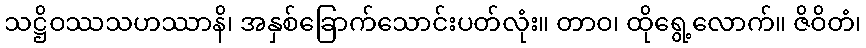
သဋ္ဌိဝဿသဟဿာနိ၊ အနှစ်ခြောက်သောင်းပတ်လုံး။ တာဝ၊ ထိုရွေ့လောက်။ ဇိဝိတံ၊